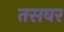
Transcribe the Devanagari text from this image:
तसवर